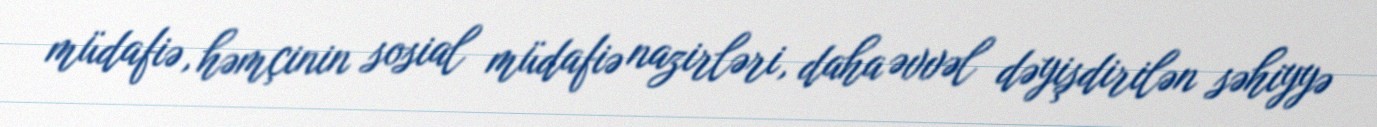
müdafiə, həmçinin sosial müdafiə nazirləri, daha əvvəl dəyişdirilən səhiyyə